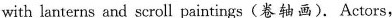
with lanterns and scroll paintings (卷轴画). Actors,